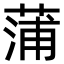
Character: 蒲